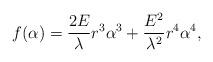
LaTeX: \begin{align*}f(\alpha)= \frac{2E}{\lambda}r^3 \alpha^3 + \frac{E^2}{\lambda^2}r^4 \alpha^4 ,\end{align*}